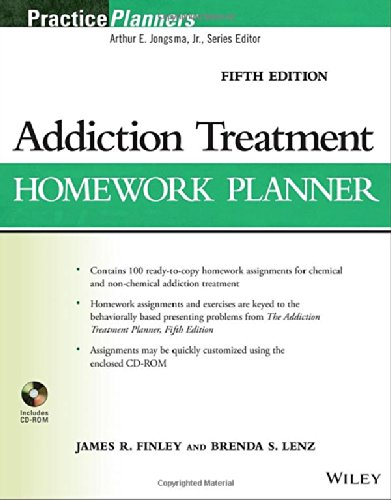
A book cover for Addiction Treatment Homework Planner (PracticePlanners); James R. Finley; Health, Fitness & Dieting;